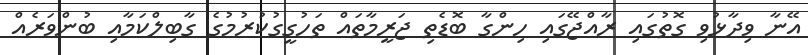
އޭނާ ވިދާޅުވި ގޮތުގައި ރާއްޖޭގައި ހިންގާ ބޮޑެތި ޖަރީމާތައް ތަހުގީގުކުރުމުގެ ގާބިލްކަމާއި ބުންވަރެއް